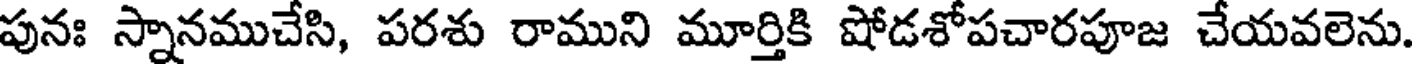
పునః స్నానముచేసి, పరశు రాముని మూర్తికి షోడశోపచారపూజ చేయవలెను